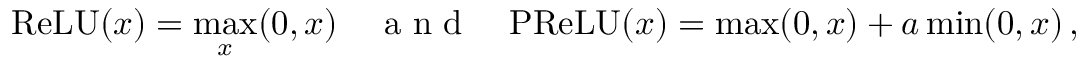
\mathrm { R e L U } ( x ) = \operatorname* { m a x } _ { x } ( 0 , x ) \quad \mathrm { ~ a ~ n ~ d ~ } \quad \mathrm { P R e L U } ( x ) = \operatorname* { m a x } ( 0 , x ) + a \operatorname* { m i n } ( 0 , x ) \, ,